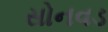
સોનવડ